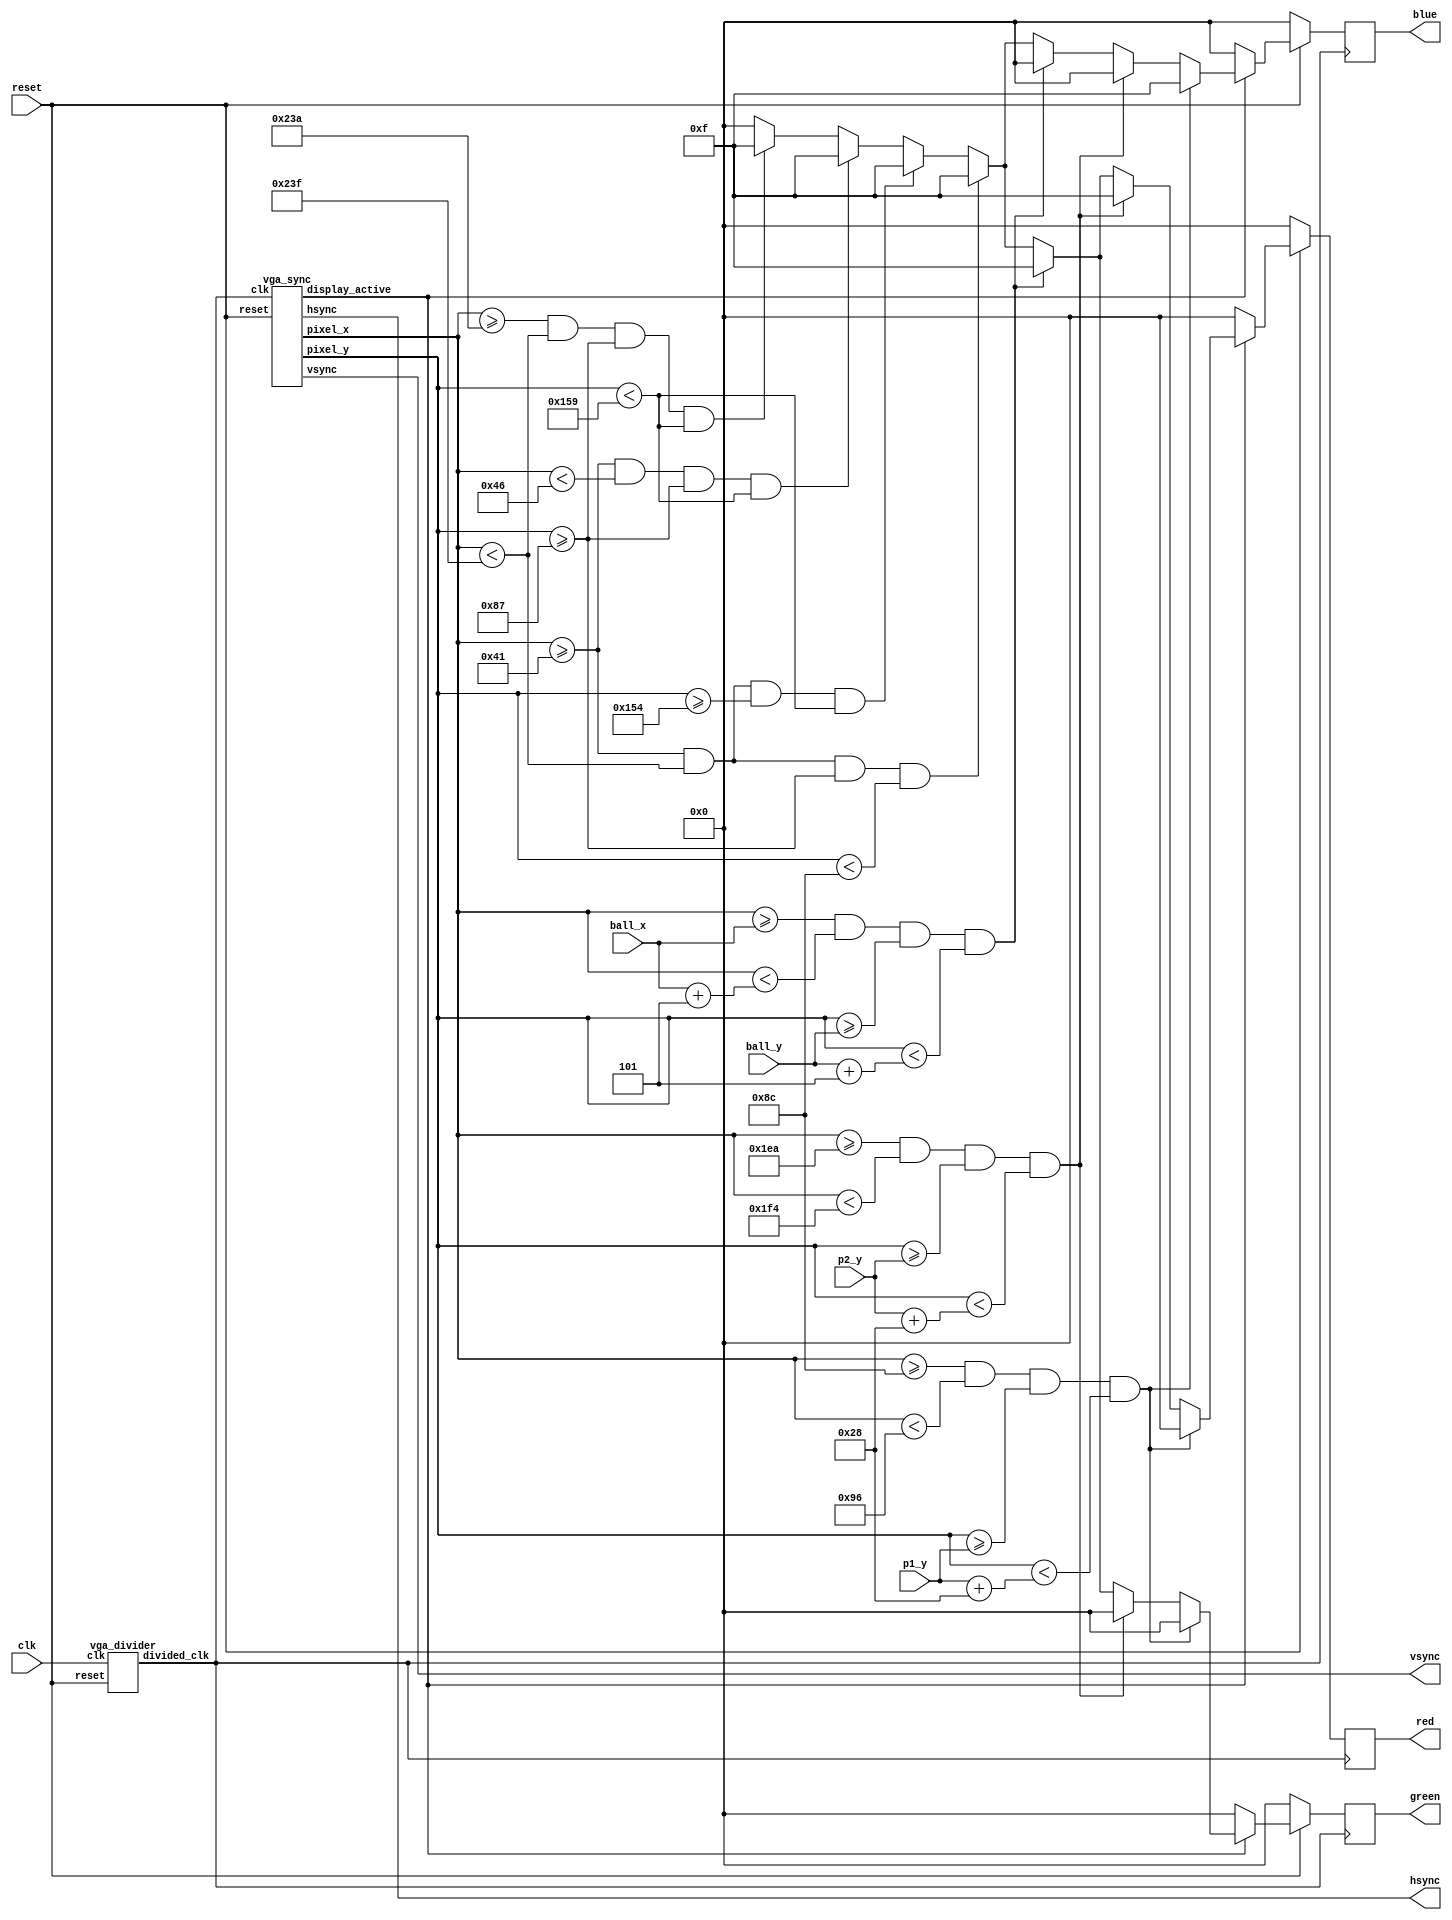
module vga_displayer(clk, reset, p1_y, p2_y, ball_x, ball_y, hsync, vsync, red, blue, green);
	input clk, reset;
	input [9:0] p1_y;
	input [9:0] p2_y;
	input [9:0] ball_x;
	input [9:0] ball_y;
	output hsync, vsync;
	output [3:0] red, blue, green;
	reg [3:0] red;
	reg [3:0] green;
	reg [3:0] blue;
	wire div_clk_color, div_clk;
	wire display_active;
	wire [9:0] pixel_x, pixel_y;
	parameter p1_x = 10'd140;
	parameter p2_x = 10'd490;
	parameter BOARD_WIDTH = 10'd10;
	parameter BOARD_HEIGHT = 10'd40;
	parameter BALL_WIDTH = 10'd5;
	
	parameter BORDER_TOP_X = 10'd65;
	parameter BORDER_TOP_Y = 10'd135;
	parameter BORDER_LEFT_X = 10'd65;
	parameter BORDER_LEFT_Y = 10'd135;
	parameter BORDER_BOTTOM_X = 10'd65;
	parameter BORDER_BOTTOM_Y = 10'd340;
	parameter BORDER_RIGHT_X = 10'd570;
	parameter BORDER_RIGHT_Y = 10'd135;
	parameter BORDER_WEIGHT = 10'd5;
	parameter BORDER_LONG = 10'd510;
	parameter BORDER_SHORT = 10'd210;


	vga_divider my_divider(clk, reset, div_clk);
	vga_sync my_vga_sync(div_clk, reset, hsync, vsync, display_active, pixel_x, pixel_y);
	
	always@(posedge div_clk) begin
		 if(!reset) begin
			  red <= 0;
			  green <= 0;
			  blue <= 0;
		 end
		 else if(display_active) begin
			  if(pixel_x >= p1_x && pixel_x < p1_x + BOARD_WIDTH && pixel_y >= p1_y && pixel_y < p1_y + BOARD_HEIGHT) begin
					red <= 4'h0; 
					green <= 4'h0; 
					blue <= 4'hF; //p1 is blue
			  end
			  else if(pixel_x >= p2_x && pixel_x < p2_x + BOARD_WIDTH && pixel_y >= p2_y && pixel_y < p2_y + BOARD_HEIGHT) begin
					red <= 4'hF; //p2 is red
					green <= 4'h0; 
					blue <= 4'h0;
			  end
			  else if(pixel_x >= ball_x && pixel_x < ball_x + BALL_WIDTH && pixel_y >= ball_y && pixel_y < ball_y + BALL_WIDTH) begin
					red <= 4'hF; 
					green <= 4'hF; //ball is yellow 
					blue <= 4'h0; 
			  end
			  else if(pixel_x >= BORDER_TOP_X && pixel_x < BORDER_TOP_X+BORDER_LONG && pixel_y >= BORDER_TOP_Y && pixel_y < BORDER_TOP_Y+BORDER_WEIGHT)begin
					red <= 4'hF; 
					green <= 4'hF; 
					blue <= 4'hF; // top border			
			  end
			  else if(pixel_x >= BORDER_BOTTOM_X && pixel_x < BORDER_BOTTOM_X+BORDER_LONG && pixel_y >= BORDER_BOTTOM_Y && pixel_y < BORDER_BOTTOM_Y+BORDER_WEIGHT)begin
					red <= 4'hF; 
					green <= 4'hF; 
					blue <= 4'hF; // bottom border			
			  end
			  else if(pixel_x >= BORDER_LEFT_X && pixel_x < BORDER_LEFT_X+BORDER_WEIGHT && pixel_y >= BORDER_LEFT_Y && pixel_y < BORDER_LEFT_Y+BORDER_SHORT)begin
					red <= 4'hF; 
					green <= 4'hF; 
					blue <= 4'hF; // left border			
			  end
			  else if(pixel_x >= BORDER_RIGHT_X && pixel_x < BORDER_RIGHT_X+BORDER_WEIGHT && pixel_y >= BORDER_RIGHT_Y && pixel_y < BORDER_RIGHT_Y+BORDER_SHORT)begin
					red <= 4'hF; 
					green <= 4'hF; 
					blue <= 4'hF; // right border			
			  end
			  else begin
					red <= 4'h0; 
					green <= 4'h0; 
					blue <= 4'h0;
			  end
		 end
		 else begin
			  red <= 4'h0; 
			  green <= 4'h0; 
			  blue <= 4'h0;
		 end
	end
	
endmodule

module vga_divider(clk, reset, divided_clk);
input clk, reset;
output divided_clk;
reg divided_clk;

always@(posedge clk)
begin
	if(!reset)
	begin
		divided_clk <= 1'b0;
	end
	else
	begin
		divided_clk <= ~divided_clk;
	end
end

endmodule


module vga_sync(
	input wire clk,
   input wire reset,
   output reg hsync,
   output reg vsync,
   output wire display_active,
   output wire [9:0] pixel_x,
   output wire [9:0] pixel_y
);


parameter h_front_porch = 16;
parameter h_sync_pulse = 96;
parameter h_back_porch = 48;
parameter h_max = 800;
parameter v_front_porch = 10;
parameter v_sync_pulse = 2;
parameter v_back_porch = 33;
parameter v_max = 525;

reg [9:0] h_count = 0;
reg [9:0] v_count = 0;

always @(posedge clk) begin
	if (!reset) begin
		h_count <= 10'd0;
		v_count <= 10'd0;
	end else begin
		if (h_count < h_max - 1) begin
			h_count <= h_count + 10'd1;
		end else begin
			h_count <= 10'd0;
			if (v_count < v_max - 1) begin
				v_count <= v_count + 10'd1;
			end else begin
				v_count <= 10'd0;
			end
		end
	end
	
	if(h_count >= h_sync_pulse)hsync <= 1'd1;
	else hsync <= 1'd0;
	if(v_count >= v_sync_pulse)vsync <= 1'd1;
	else vsync <= 1'd0;
end



assign display_active = (h_count >= (h_sync_pulse + h_back_porch)) &&
                        (h_count < (h_max - h_front_porch)) &&
                        (v_count >= (v_sync_pulse + v_back_porch)) &&
                        (v_count < (v_max - v_front_porch));

assign pixel_x = h_count - (h_sync_pulse + h_back_porch);
assign pixel_y = v_count - (v_sync_pulse + v_back_porch);

endmodule